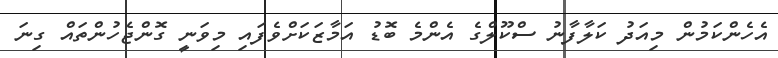
އެހެންކަމުން މިއަދު ކަލާފާނު ސްކޫލްގެ އެންމެ ބޮޑު އަމާޒަކަށްވެފައި މިވަނީ ގޮންޖެހުންތައް ގިނަ